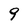
Character: 9